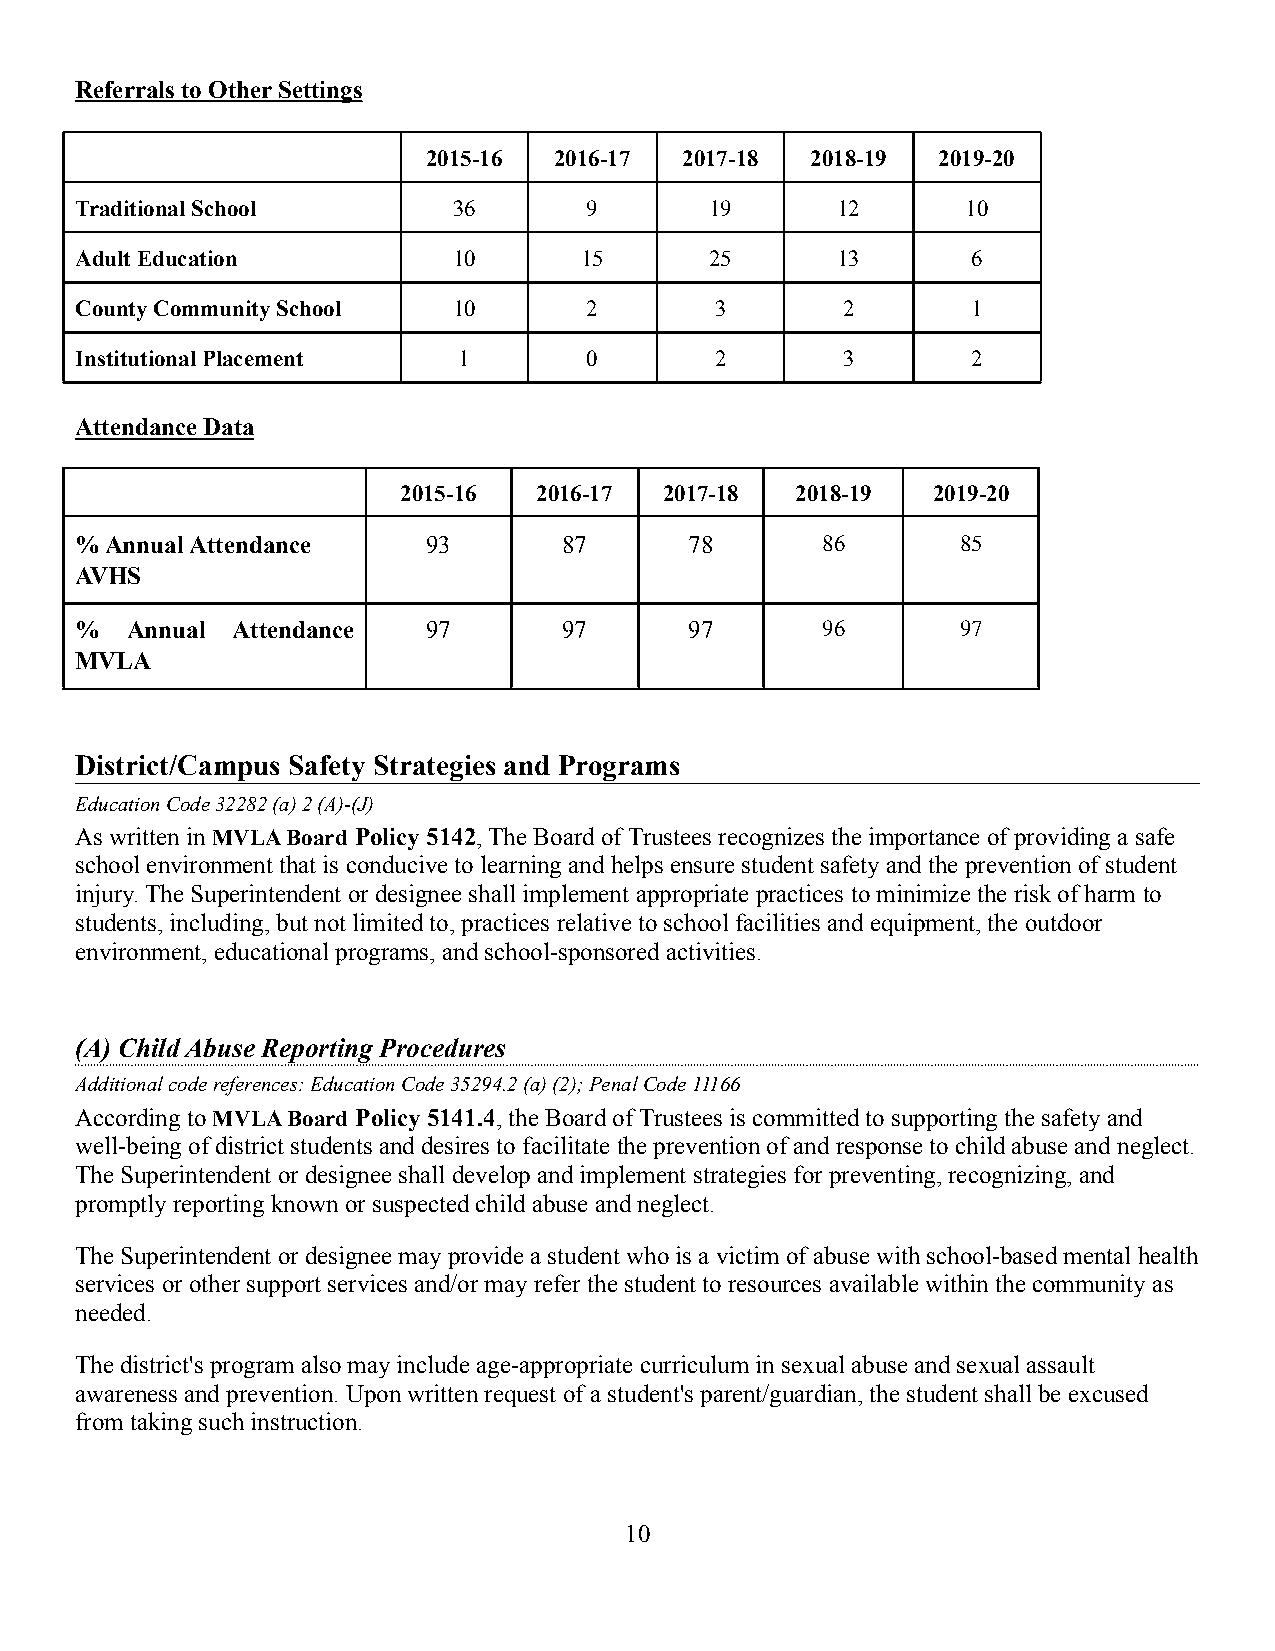
Referrals to Other Settings
 2015-16  2016-17 2017-18  2018-19 2019-20
 Traditional School       36       9       19      12       10
 Adult Education          10      15       25      13       6
 County Community School  10       2       3        2       1
 Institutional Placement  1        0       2        3       2
 Attendance Data
 2015-16  2016-17  2017-18  2018-19  2019-20
 % Annual Attendance    93       87       78      86        85
 AVHS
 %  Annual Attendance   97       97       97      96        97
 MVLA
 District/Campus Safety Strategies and Programs
 Education Code 32282 (a) 2 (A)-(J)
 As written inMVLA Board Policy 5142, The Board of Trustees recognizes the importance of providing a safe
 school environment that is conducive to learning and helps ensure student safety and the prevention ofstudent
 injury. The Superintendent or designee shall implement appropriate practices to minimize the risk of harm to
 students, including, but not limited to, practices relative to school facilities and equipment, the outdoor
 environment, educational programs, and school-sponsoredactivities.
 (A) Child Abuse Reporting Procedures
 Additional code references: Education Code 35294.2(a) (2); Penal Code 11166
 According to MVLA Board Policy 5141.4, the Board ofTrustees is committed to supporting the safety and
 well-being of district students and desires to facilitatethe prevention of and response to child abuse and neglect.
 The Superintendent or designee shall develop and implementstrategies for preventing, recognizing, and
 promptly reporting known or suspected child abuseand neglect.
 The Superintendent or designee may provide a studentwho is a victim of abuse with school-based mental health
 services or other support services and/or may referthe student to resources available within the communityas
 needed.
 The district's program also may include age-appropriate curriculum in sexual abuse and sexual assault
 awareness and prevention. Upon written request of a student's parent/guardian, the student shall beexcused
 from taking such instruction.
 10